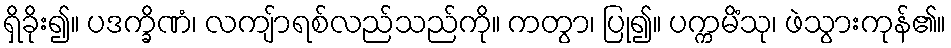
ရှိခိုး၍။ ပဒက္ခိဏံ၊ လကျ်ာရစ်လည်သည်ကို။ ကတွာ၊ ပြု၍။ ပက္ကမိံသု၊ ဖဲသွားကုန်၏။